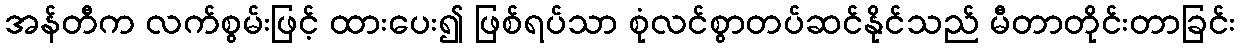
အန်တီက လက်စွမ်းဖြင့် ထားပေး၍ ဖြစ်ရပ်သာ စုံလင်စွာတပ်ဆင်နိုင်သည် မီတာတိုင်းတာခြင်း